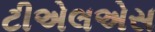
ટીએલએસ